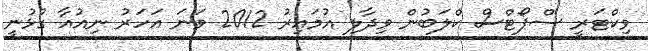
ވިކްޓަރީ ސްޕޯޓްސް ކްލަބުން ވިދާލި އުމައިރު 2012 ވަނަ އަހަރު ނިއުއާ ގުޅުނީ